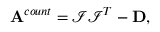
\mathbf { A } ^ { c o u n t } = \mathcal { I } \mathcal { I } ^ { T } - \mathbf { D } ,